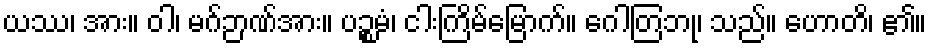
ယဿ၊ အား။ ဝါ၊ မဂ်ဉာဏ်အား။ ပဉ္စမံ၊ ငါးကြိမ်မြောက်။ ဂေါတြဘု၊ သည်။ ဟောတိ၊ ၏။